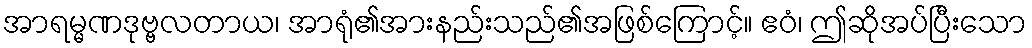
အာရမ္မဏဒုဗ္ဗလတာယ၊ အာရုံ၏အားနည်းသည်၏အဖြစ်ကြောင့်။ ဧဝံ၊ ဤဆိုအပ်ပြီးသော